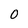
Character: 0